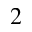
^ { 2 }